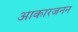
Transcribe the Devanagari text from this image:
आकारजनन